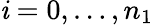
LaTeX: \mathit{i}=0,\ldots,n_{1}